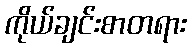
ကိုယ်ချင်းစာတရား